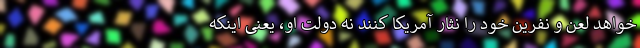
‌خواهد لعن و نفرین خود را نثار آمریکا کنند نه دولت او، یعنی اینکه